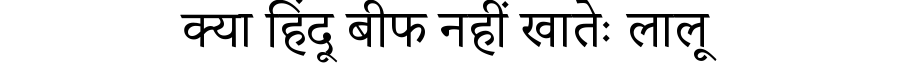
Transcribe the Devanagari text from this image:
क्या हिंदू बीफ नहीं खातेः लालू